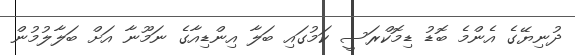
ދުނިޔޭގެ އެންމެ ބޮޑު ޑިމޮކްރަސީ ކަމުގައި ބަލާ އިންޑިއާގެ ނަމޫނާ އަށް ބަލާލުމުން